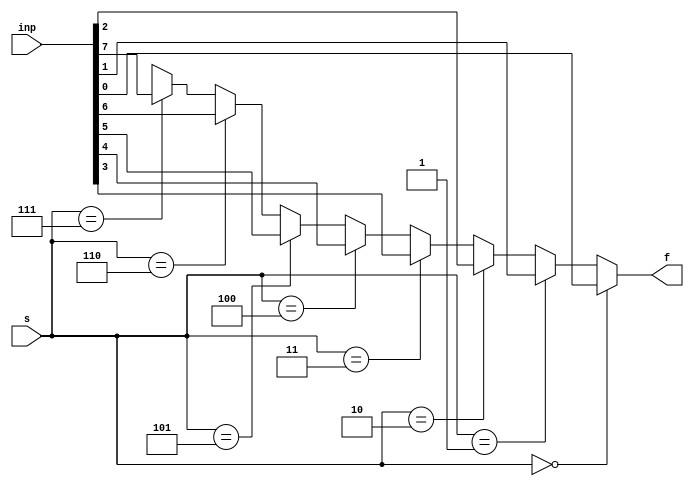
module Multiplexer_method1(f, inp, s);
	input [2:0] s;
	input [7:0] inp;
	output reg f;
	
	always @(*)
	begin
		///Using if-else statements
		if(s == 3'b000)
			f = inp[0];
		else if(s == 3'b001)
			f = inp[1];
		else if(s == 3'b010)
			f = inp[2];
		else if(s == 3'b011)
			f = inp[3];
		else if(s == 3'b100)
			f = inp[4];
		else if(s == 3'b101)
			f = inp[5];
		else if(s == 3'b110)
			f = inp[6];
		else if(s == 3'b111)
			f = inp[7];
		else //default
			f = 1'bx;
		
	
	end 
	
endmodule